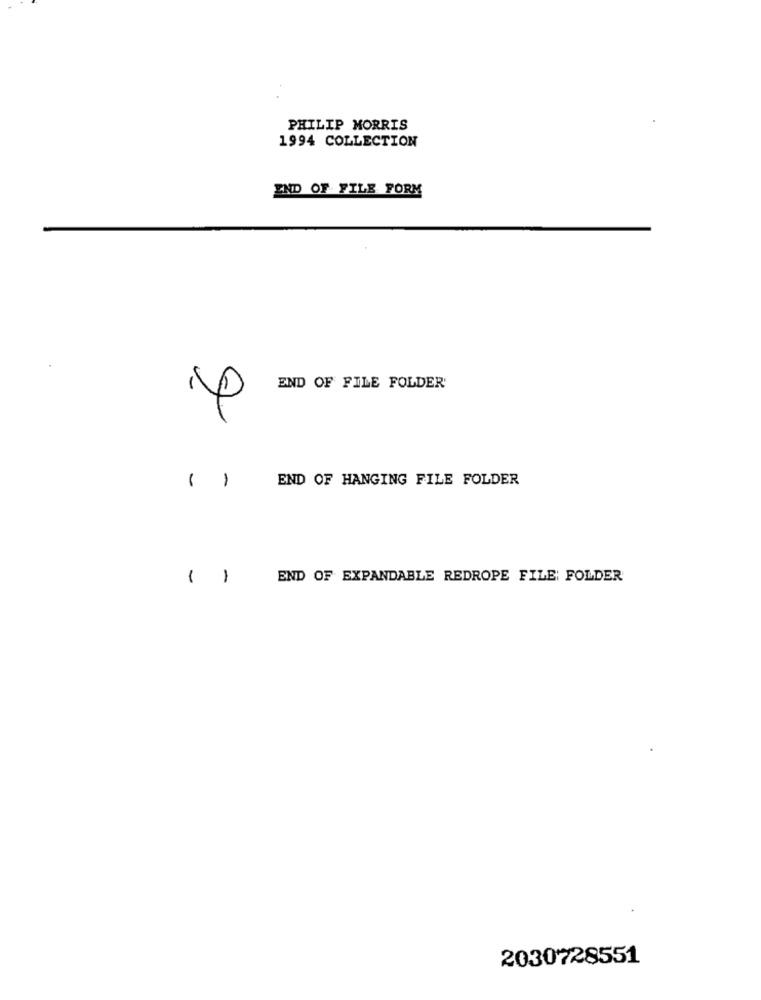
PHILIP MORRIS
1994 COLLECTION
END OF FILE FORM
END OF FILE FOLDER'
END OF HANGING FILE FOLDER
( )
( )
END OF EXPANDABLE REDROPE FILE: FOLDER
2030728551